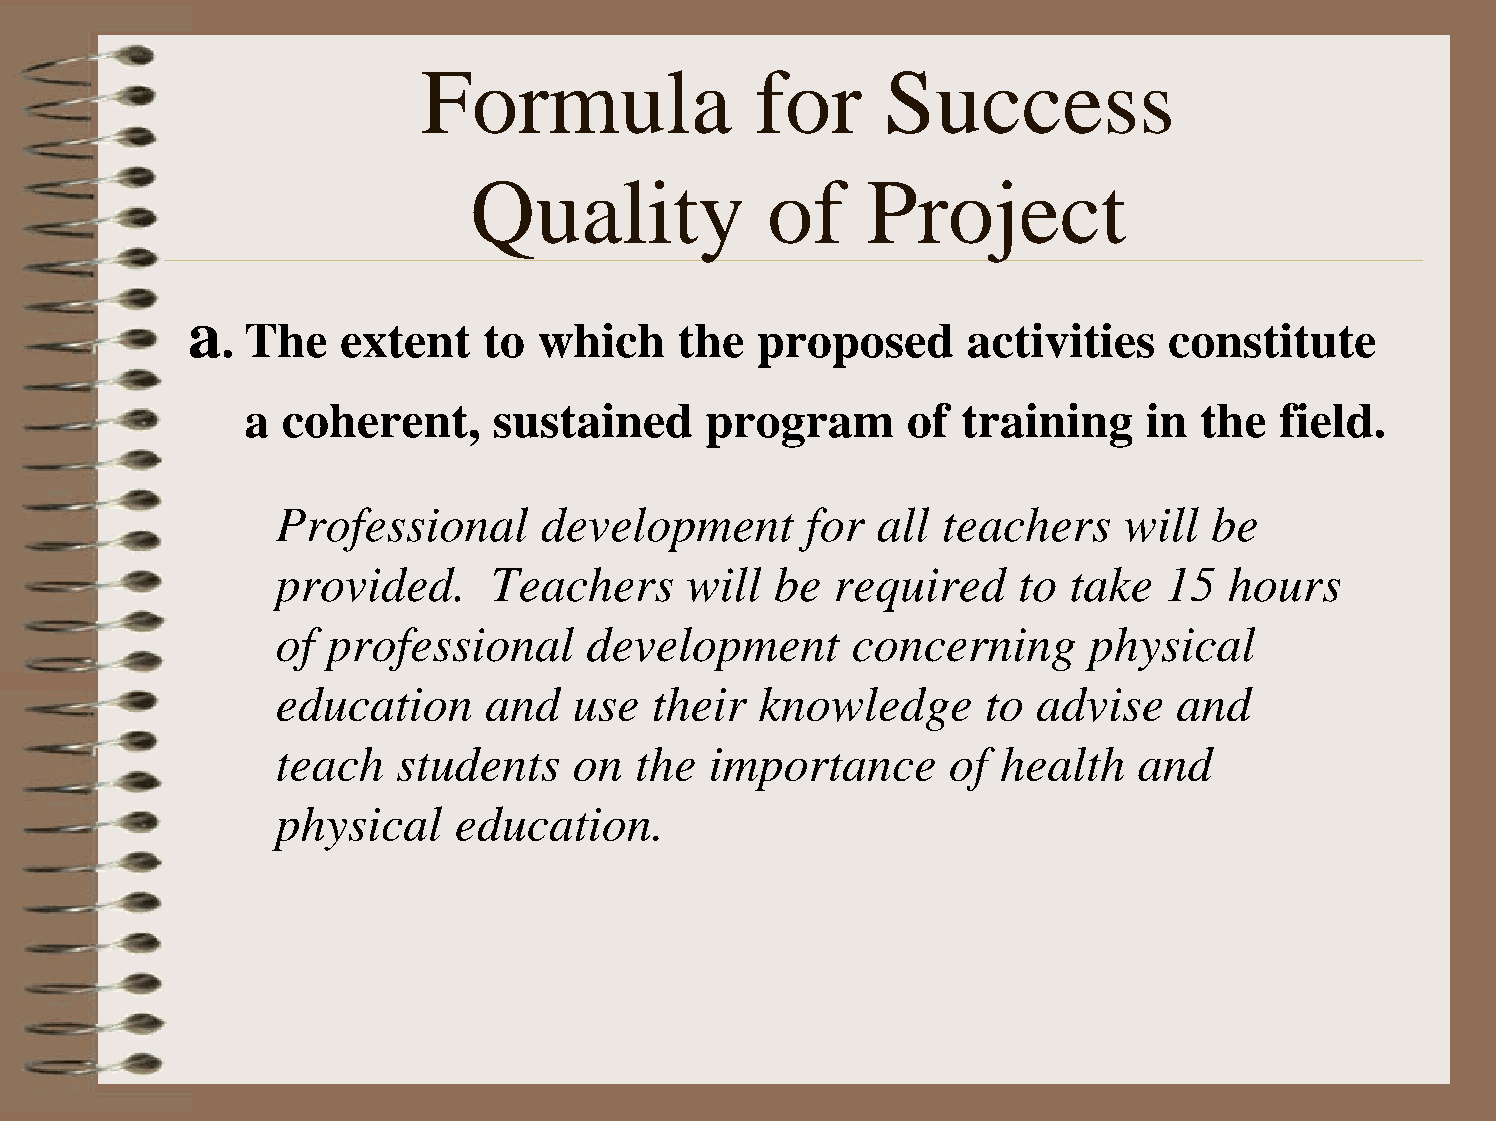
Formula               for      Success
 Quality             of    Project
 a
 . The   extent   to  which    the  proposed      activities   constitute
 a  coherent,     sustained     program      of  training    in  the  field.
 Professional      development      for  all teachers    will  be
 provided.      Teachers     will be  required     to take  15  hours
 of  professional     development      concerning      physical
 education     and   use  their  knowledge      to  advise   and
 teach   students    on  the  importance      of health   and
 physical    education.